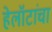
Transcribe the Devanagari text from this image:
हेलॉटांचा